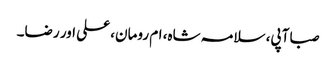
صبا آپی، سلامہ شاہ، ام رومان، علی اور رضا۔